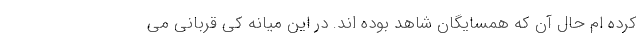
کرده ام حال آن که همسایگان شاهد بوده اند. در این میانه کی قربانی می